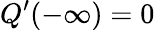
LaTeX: Q^{\prime}(-\infty)=0